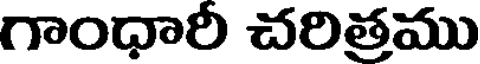
గాంధారీ చరిత్రము